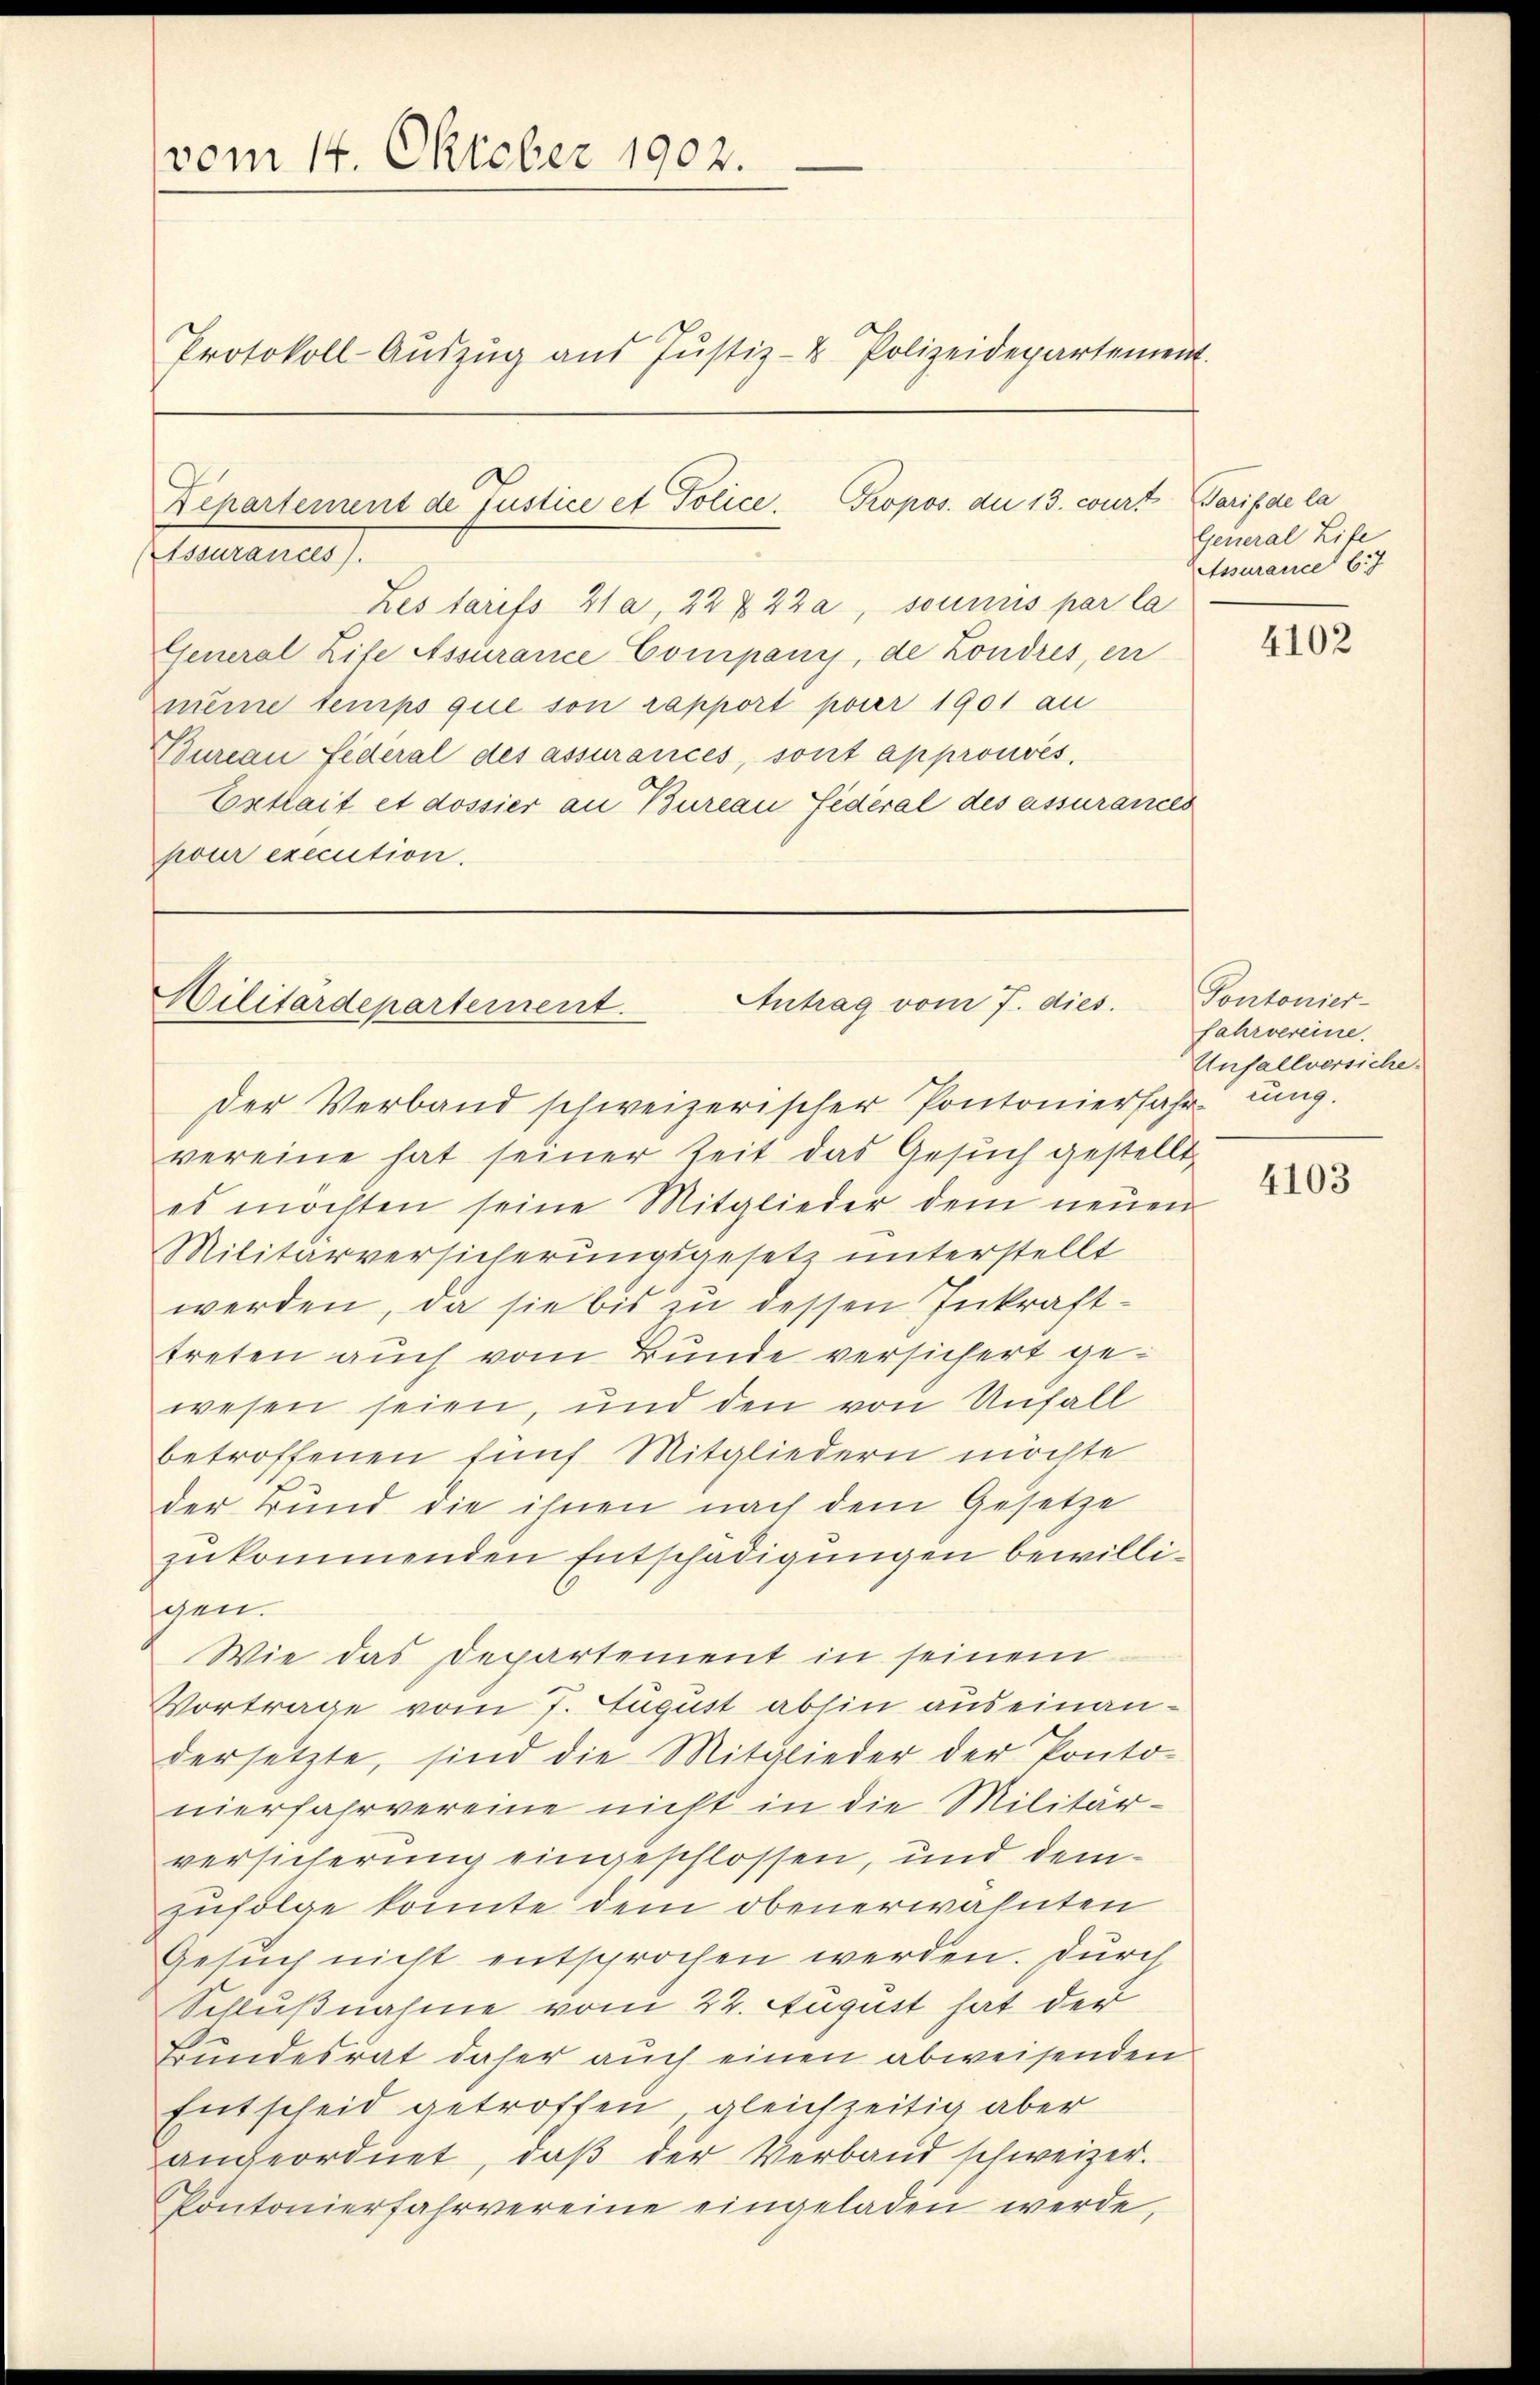
(vom 14. Oktober 1902.
Protokoll-Aŭszŭg aŭs Jŭstiz- & Polizeidepartement.

Departement de Justice et Police Propos. die 13. court Tarif de la
ssurances).

Les tarifs 41 a, 22 x 22 a, soumis par la
Eseneral Life Assurance Company, de Londres, er
meine temps que son rapport par 1901 an
Bureau Federal des assurances, sont approuvés,
Entlait et dossier an Bureau Federal des assurances
pour execution.

Antrag vom 7. dies.
Militärdepartement.
der Verband schweizerischer Pontonierfahr ung.

vereine hat seiner Zeit das Gesŭch gestellt,
es möchten seine Mitglieder dem neuen
Militärversicherungsgesetz unterstellt
werden, da sie bis zu dessen Inkrafttreten auch vom Bunde versichert gewesen seien, und den von Unfall
betroffenen fünf Mitgliedern möchte
der Bund die ihnen nach dem Gesetze
zukommenden Entschädigungen bewilligen.
Wie das Departement in seinem
Vortrage vom 7. August abhin auseinandersetzte, sind die Mitglieder der Ponto-
nierfahrvereine nicht in die Militär-
versicherung eingeschlossen, und demzufolge konnte dem obenerwähnten
Gesuch nicht entsprochen werden. Durch
Schlußnahme vom 24. August hat der
Bundesrat daher auch einen abweisenden
Entscheid getroffen, gleichzeitig aber
angeordnet, daβ der Verband schweizer.
Pontonierfahrvereine eingeladen werde,

General Life
Assurance b
4102

Pontonier-
fahrvereine.
Unfallversiche.

4103